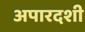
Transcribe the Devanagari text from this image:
अपारदशी